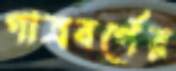
গাত্রবর্ণের